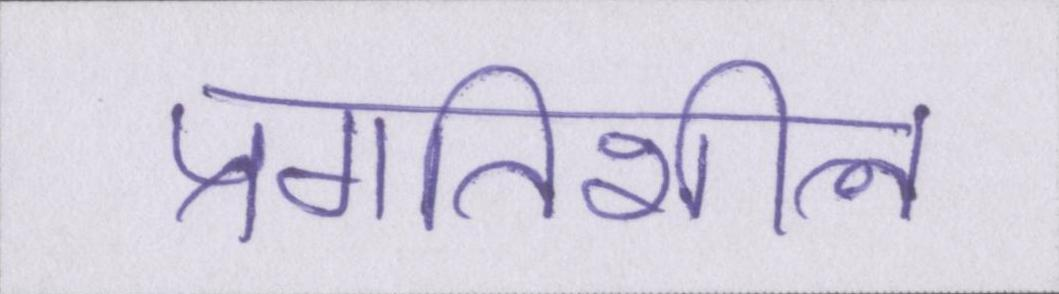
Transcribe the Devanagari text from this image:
प्रगतिशील